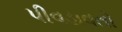
પીવડાવતો